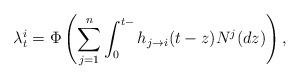
LaTeX: \begin{align*}\lambda^{i}_{t}= \Phi\left( \sum_{j=1}^{n} \int_{0}^{t-} h_{j\to i}(t-z) N^{j}(dz) \right),\end{align*}